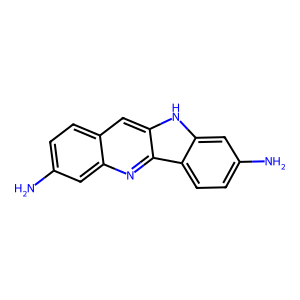
SMILES: Nc1ccc2cc3[nH]c4cc(N)ccc4c3nc2c1
Inhibits HIV replication: No